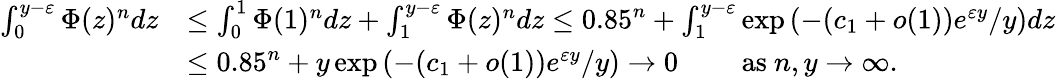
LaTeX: \begin{array}{rl}{\int_{0}^{y-\varepsilon}\Phi(z)^{n}dz}&{\le\int_{0}^{1}\Phi(1)^{n}dz+\int_{1}^{y-\varepsilon}\Phi(z)^{n}dz\le 0.85^{n}+\int_{1}^{y-\varepsilon}\exp\left(-(c_{1}+o(1))e^{\varepsilon y}/y\right)dz}\\ &{\le 0.85^{n}+y\exp\left(-(c_{1}+o(1))e^{\varepsilon y}/y\right)\to 0\qquad\mathrm{~as~}n,y\to\infty.}\end{array}